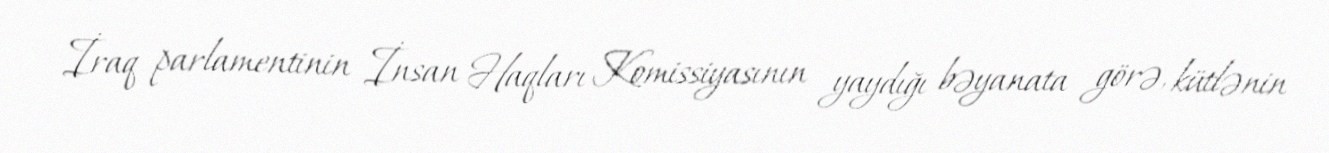
İraq parlamentinin İnsan Haqları Komissiyasının yaydığı bəyanata görə, kütlənin